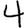
Digit: 4